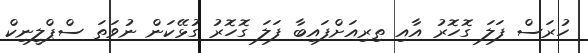
ހުރަސް ފަލަ ގޮހޮރު އާއި ތިރިއަށްފައިބާ ފަލަ ގޮހޮރު ގުޅޭކަން ނުވަތަ ސްޕްލީނިކް